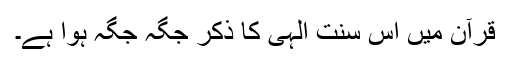
قرآن میں اس سنت الٰہی کا ذکر جگہ جگہ ہوا ہے۔